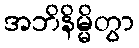
အဘိနိမ္မိတွာ